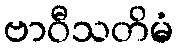
ဗာဝီသတိမံ